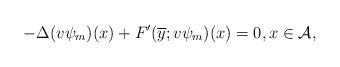
LaTeX: \begin{align*}-\Delta(v\psi_{m})(x) + F'(\overline{y};v\psi_{m})(x)=0, x\in \mathcal{A}, \end{align*}